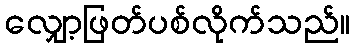
လျှော့ဖြတ်ပစ်လိုက်သည်။